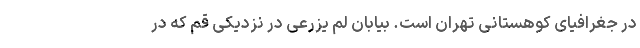
در جغرافیای کوهستانی تهران است. بیابان لم یزرعی در نزدیکی قم که در